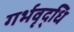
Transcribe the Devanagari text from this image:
गर्भवृद्धि